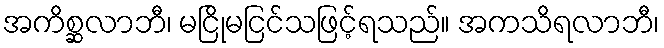
အကိစ္ဆလာဘီ၊ မငြိုမငြင်သဖြင့်ရသည်။ အကသိရလာဘီ၊